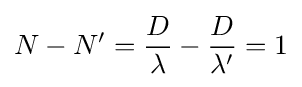
N-N'={\frac {D}{\lambda }}-{\frac {D}{\lambda '}}=1